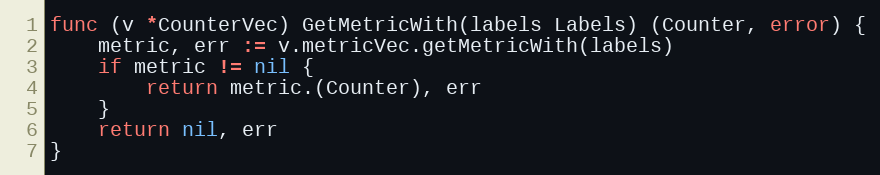
Language: Go
func (v *CounterVec) GetMetricWith(labels Labels) (Counter, error) {
	metric, err := v.metricVec.getMetricWith(labels)
	if metric != nil {
		return metric.(Counter), err
	}
	return nil, err
}